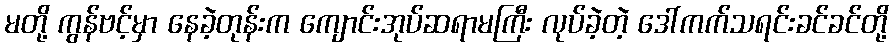
မတို့ ကွန်ဗင့်မှာ နေခဲ့တုန်းက ကျောင်းအုပ်ဆရာမကြီး လုပ်ခဲ့တဲ့ ဒေါ်ကက်သရင်းခင်ခင်တို့